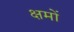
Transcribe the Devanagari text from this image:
क्षमों